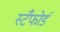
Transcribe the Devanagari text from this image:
स्टँफोर्ड